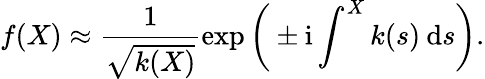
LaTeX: f(X)\approx\frac{1}{\sqrt{k(X)}}\exp\bigg(\pm\mathrm{i}\int^{X}k(s)\: \mathrm{d}s\bigg).